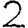
Digit: 2